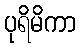
ပုရိမိကာ